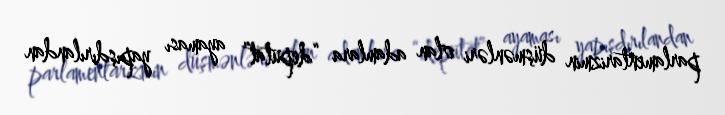
parlamentarizmin düşmənləri olan adamlara “deputat” ayaması yapışdırılandan